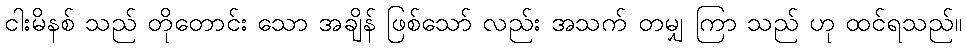
ငါးမိနစ် သည် တိုတောင်း သော အချိန် ဖြစ်သော် လည်း အသက် တမျှ ကြာ သည် ဟု ထင်ရသည်။